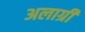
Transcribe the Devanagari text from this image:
अलाग्री